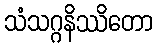
သံသဂ္ဂနိဿိတော